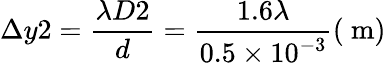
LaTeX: \Delta y2=\frac{\lambda D2}{d}=\frac{1.6\lambda}{0.5\times 10^{-3}}(\mathrm{~m})